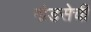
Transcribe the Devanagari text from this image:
गोडसेची